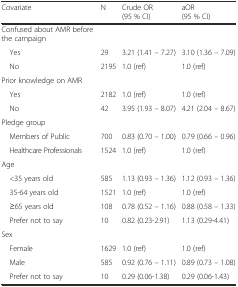
| Covariate | N | Crude OR (95 % CI) | aOR (95 % CI) |
 | --- | --- | --- | --- |
 | Confused about AMR before the campaign |  |  |  |
 | Yes | 29 | 3.21 (1.41 – 7.27) | 3.10 (1.36 – 7.09) |
 | No | 2195 | 1.0 (ref) | 1.0 (ref) |
 | Prior knowledge on AMR |  |  |  |
 | Yes | 2182 | 1.0 (ref) | 1.0 (ref) |
 | No | 42 | 3.95 (1.93 – 8.07) | 4.21 (2.04 – 8.67) |
 | Pledge group |  |  |  |
 | Members of Public | 700 | 0.83 (0.70 – 1.00) | 0.79 (0.66 – 0.96) |
 | Healthcare Professionals | 1524 | 1.0 (ref) | 1.0 (ref) |
 | Age |  |  |  |
 | <35 years old | 585 | 1.13 (0.93 – 1.36) | 1.12 (0.93 – 1.36) |
 | 35-64 years old | 1521 | 1.0 (ref) | 1.0 (ref) |
 | ≥65 years old | 108 | 0.78 (0.52 – 1.16) | 0.88 (0.58 – 1.33) |
 | Prefer not to say | 10 | 0.82 (0.23-2.91) | 1.13 (0.29-4.41) |
 | Sex |  |  |  |
 | Female | 1629 | 1.0 (ref) | 1.0 (ref) |
 | Male | 585 | 0.92 (0.76 – 1.11) | 0.89 (0.73 – 1.08) |
 | Prefer not to say | 10 | 0.29 (0.06-1.38) | 0.29 (0.06-1.43) |